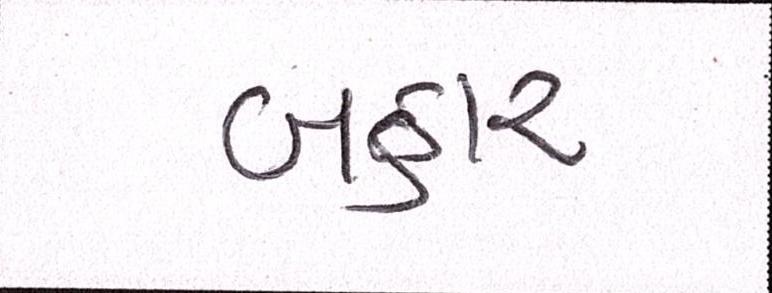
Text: બહાર